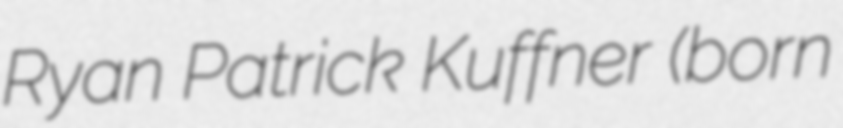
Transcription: Ryan Patrick Kuffner (born